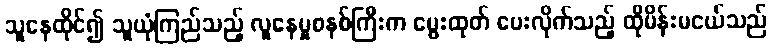
သူနေထိုင်၍ သူယုံကြည်သည့် လူနေမှုစနစ်ကြီးက မွေးထုတ် ပေးလိုက်သည့် ထိုမိန်းမငယ်သည်